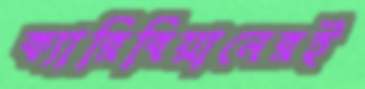
ক্যারিবিয়ানেরই